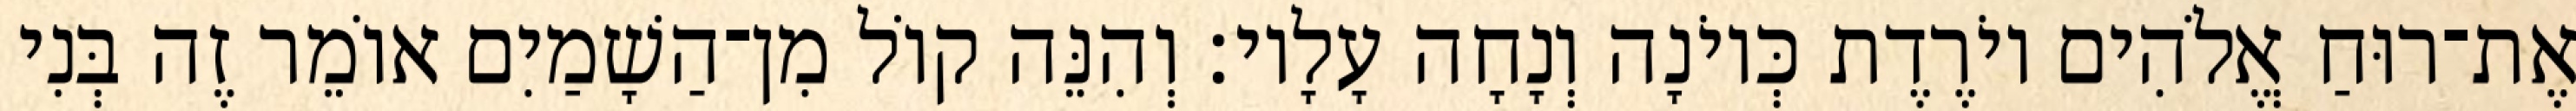
אֶת־רוּחַ אֱלֹהִים יוֹרֶדֶת כְּיוֹנָה וְנָחָה עָלָיו׃ וְהִנֵּה קוֹל מִן־הַשָׁמַיִם אוֹמֵר זֶה בְּנִי